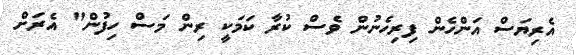
އެރިޔަސް އަންހެން ފިރިހެނުން ވެސް ކުރާ ކަމަކީ ރިން މަސް ހިފުން" އެރަށް